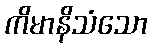
ကိမာနိသံသော